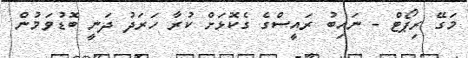
މަގޭ ރިޕޯޓް - ނައިބު ރައީސްގެ ގެކޮޅަށް ކުރާ ހަރަދު ދަނީ ބޮޑުވަމުން